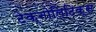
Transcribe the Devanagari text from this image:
टेक्नोलिटिक्स